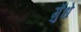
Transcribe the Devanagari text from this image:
गुँधे